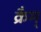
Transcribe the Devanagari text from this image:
क्रैम्